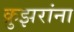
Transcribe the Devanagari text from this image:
क्रुझरांना